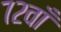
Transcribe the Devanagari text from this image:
७२वाँ